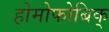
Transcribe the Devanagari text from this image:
होमोफोबिक्